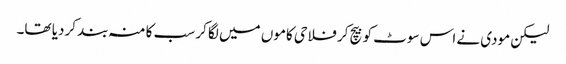
لیکن مودی نے اس سوٹ کو بیچ کر فلاحی کاموں میں لگا کر سب کا منہ بند کردیا تھا۔